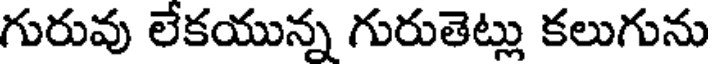
గురువు లేకయున్న గురుతెట్లు కలుగును